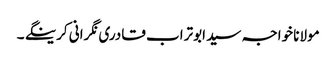
مولانا خواجہ سید ابوتراب قادری نگرانی کرینگے ۔